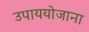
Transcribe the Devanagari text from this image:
उपाययोजाना